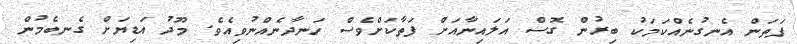
ފަތަން އެނގުނެއްކަމަކު ބިރުން ގޮސް އަލައިނާއަށް ފަތާކަށްވެސް ހަނދާނެއްނުވިއެވެ. މޫދު އަޑިޔަށް ގެނބެމުން